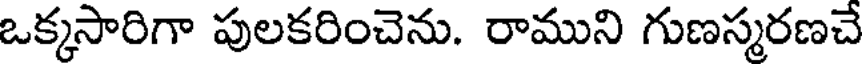
ఒక్కసారిగా పులకరించెను. రాముని గుణస్మరణచే